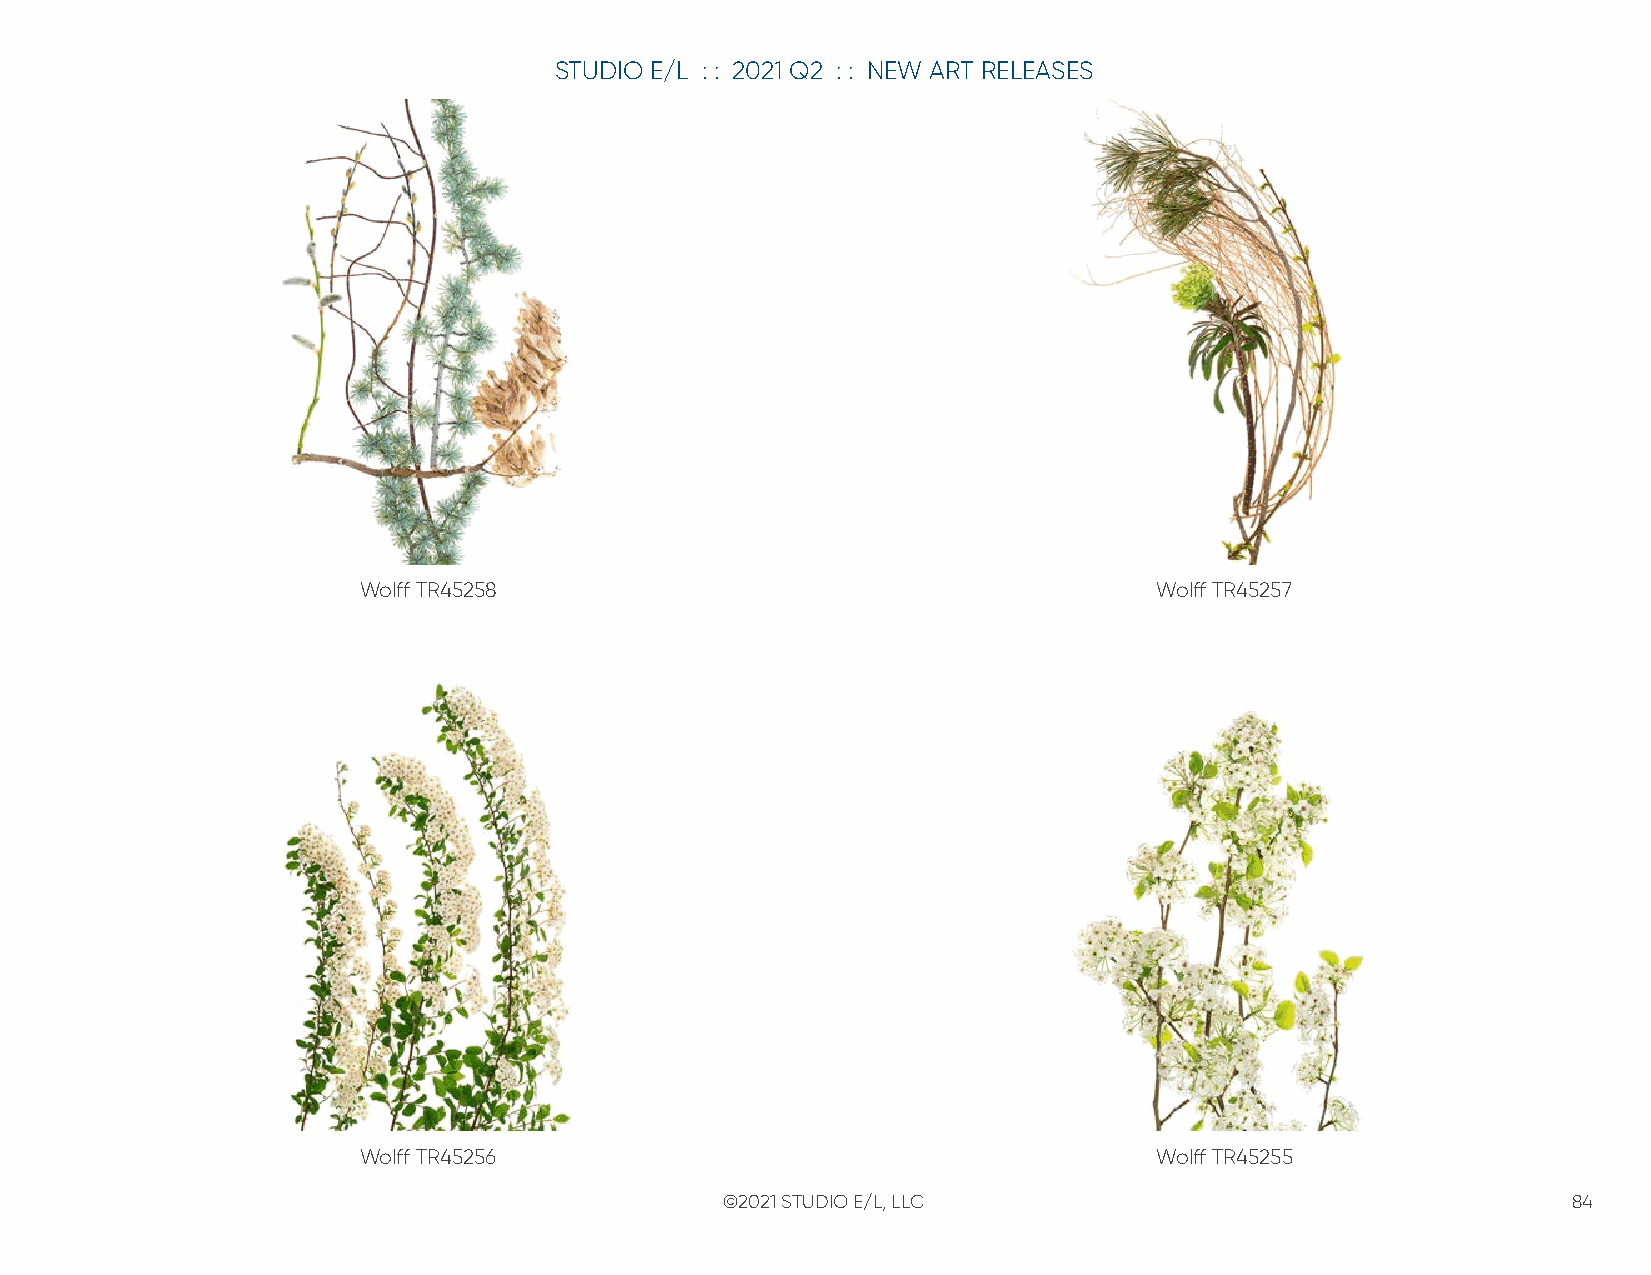
STUDIO E/L : : 2021 Q2 : : NEW ART RELEASES
 Wolff TR45258                                       Wolff TR45257
 Wolff TR45256                                       Wolff TR45255
 ©2021 STUDIO E/L, LLC                                   84